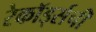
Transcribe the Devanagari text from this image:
रेकॉर्ड्सची